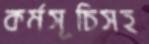
কর্মসূচিসহ